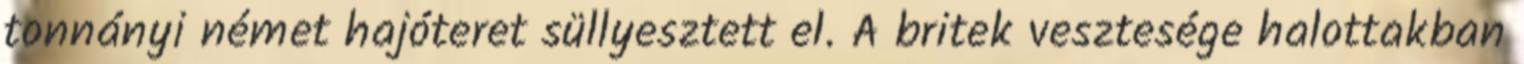
tonnányi német hajóteret süllyesztett el. A britek vesztesége halottakban